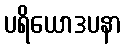
ပရိယောဒပနာ